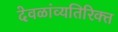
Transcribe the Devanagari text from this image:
देवळांव्यतिरिक्‍त